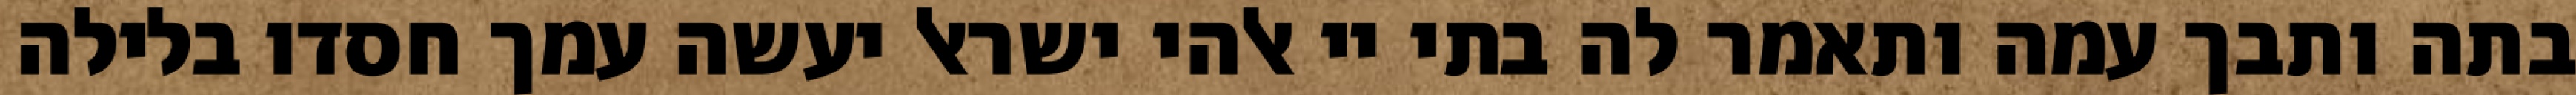
בתה ותבך עמה ותאמר לה בתי יי אלהי ישראל יעשה עמך חסדו בלילה